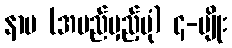
နာမ (အမည်မှည့်ပုံ) ၄-မျိုး